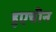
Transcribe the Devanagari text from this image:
हुएचीन